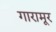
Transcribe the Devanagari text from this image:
गारामूर